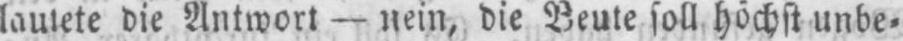
lautete die Antwort - nein, die Beute soll höchst unbe⸗